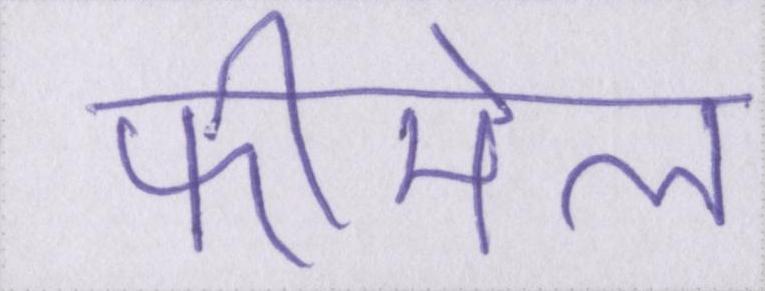
फीमेल